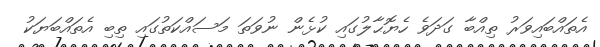
އެތައްބައިވަރު ތިއްބާ ގަދަވެ ހެޔޮޙާލުގައި ކުޅެން ނުވަތަ މަސައްކަތުގައި ތިބި އެތައްބަޔަކު